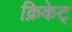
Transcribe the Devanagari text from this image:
क्रिकेट्